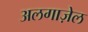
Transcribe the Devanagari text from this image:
अलगाज़ेल